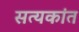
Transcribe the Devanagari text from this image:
सत्यकांत